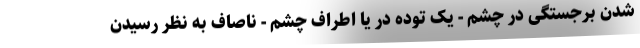
شدن برجستگی در چشم - یک توده در یا اطراف چشم - ناصاف به نظر رسیدن